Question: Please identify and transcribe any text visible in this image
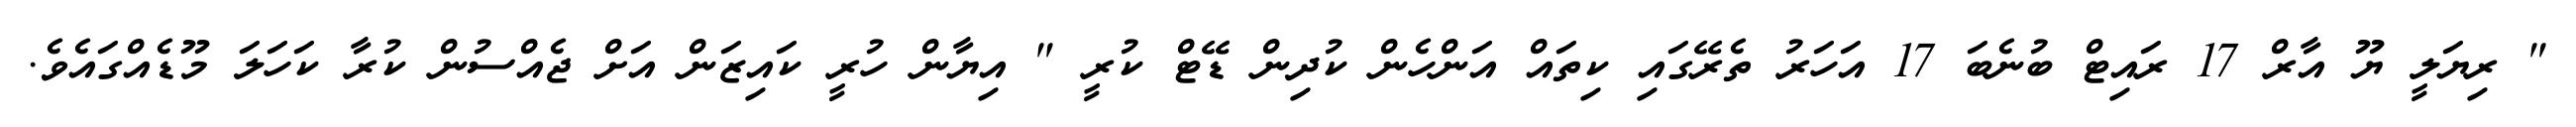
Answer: " ރިޔަލީ ޔޫ އާރް 17 ރައިޓް ބުނެބަ 17 އަހަރު ތެރޭގައި ކިތައް އަންހެން ކުދިން ޑޭޓް ކުރީ " އިޔާން ހުރީ ކައިޒަން އަށް ޖެއްސުން ކުރާ ކަހަލަ މޫޑެއްގައެވެ.